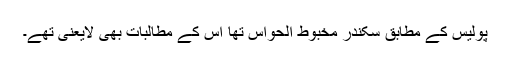
پولیس کے مطابق سکندر مخبوط الحواس تھا اس کے مطالبات بھی لایعنی تھے۔